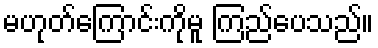
မဟုတ်ကြောင်းကိုမူ ကြည်ပေသည်။